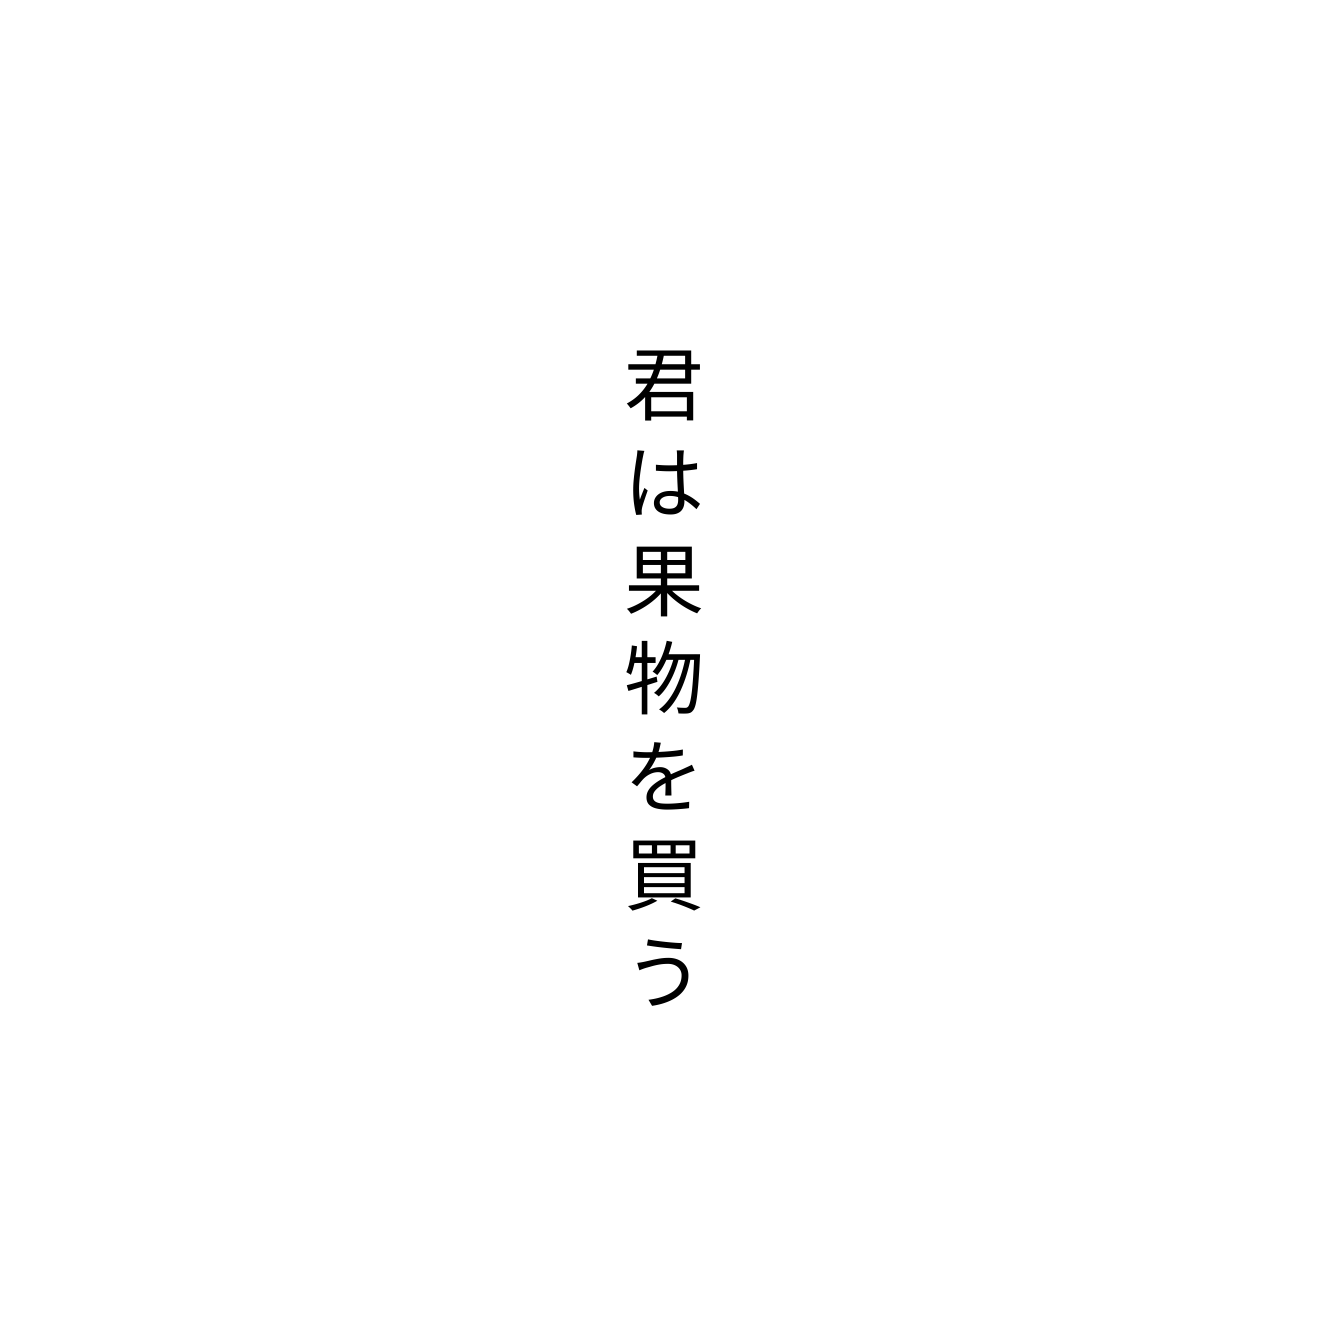
君は果物を買う